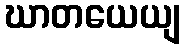
ဃာတယေယျ